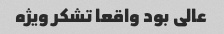
عالی بود واقعا تشکر ویژه